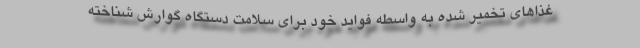
غذاهای تخمیر شده به واسطه فواید خود برای سلامت دستگاه گوارش شناخته